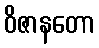
ဝိဇာနတော